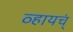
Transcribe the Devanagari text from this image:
व्हायच्ं